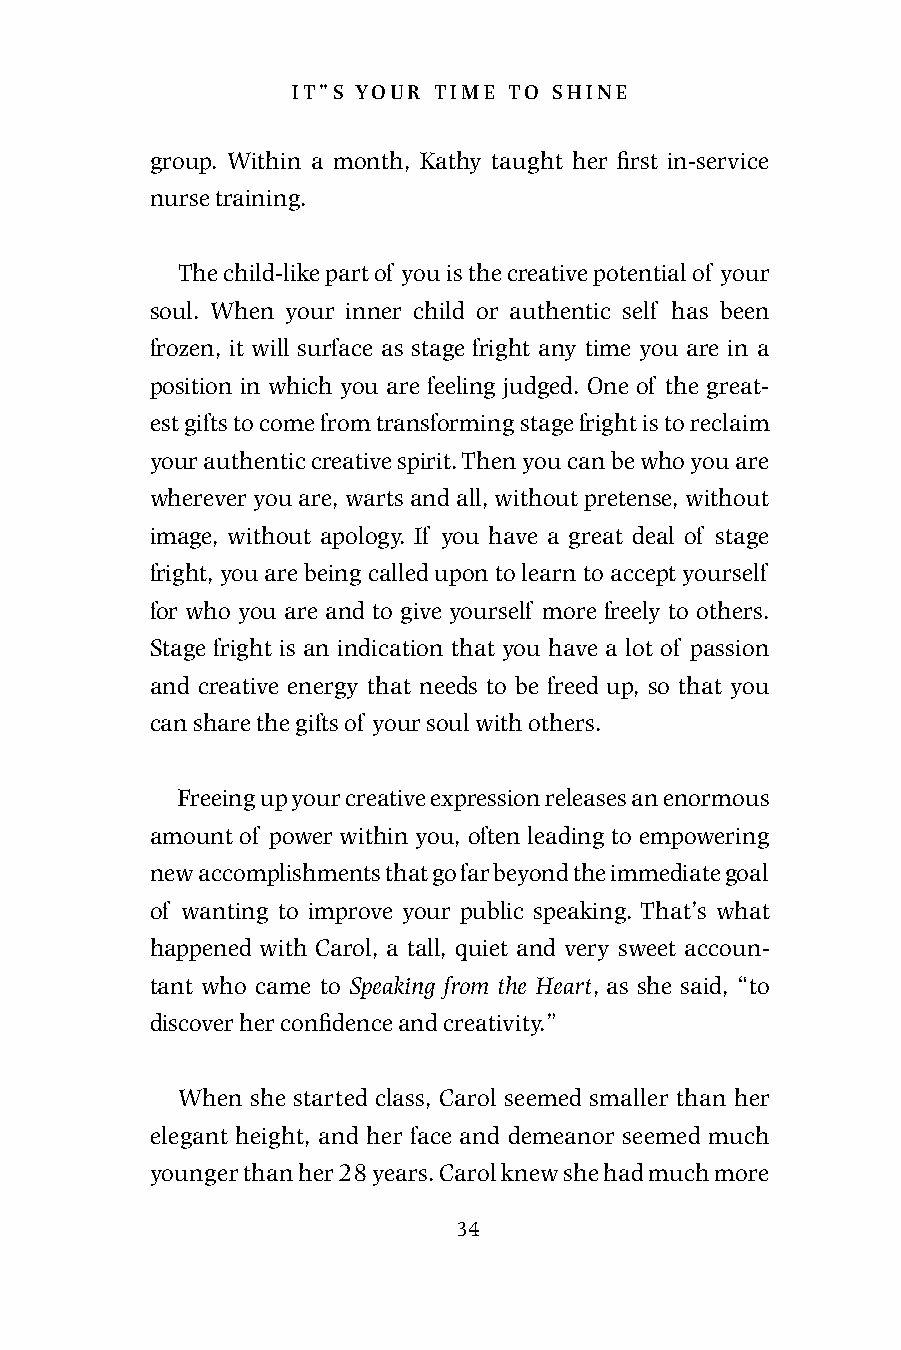
it”s your time to shine
 group. Within a month, Kathy taught her first in-service
 nurse training.
 The child-like part of you is the creative potential of your
 soul. When your inner child or authentic self has been
 frozen, it will surface as stage fright any time you are in a
 position in which you are feeling judged. One of the great-
 est gifts to come from transforming stage fright is to reclaim
 your authentic creative spirit. Then you can be who you are
 wherever you are, warts and all, without pretense, without
 image, without apology. If you have a great deal of stage
 fright, you are being called upon to learn to accept yourself
 for who you are and to give yourself more freely to others.
 Stage fright is an indication that you have a lot of passion
 and creative energy that needs to be freed up, so that you
 can share the gifts of your soul with others.
 Freeing up your creative expression releases an enormous
 amount of power within you, often leading to empowering
 new accomplishments that go far beyond the immediate goal
 of wanting to improve your public speaking. That’s what
 happened with Carol, a tall, quiet and very sweet accoun-
 tant who came to Speaking from the Heart, as she said, “to
 discover her confidence and creativity.”
 When she started class, Carol seemed smaller than her
 elegant height, and her face and demeanor seemed much
 younger than her 28 years. Carol knew she had much more
 34